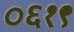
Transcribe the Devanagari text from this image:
०६१९